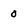
Character: 0